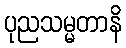
ပုညသမ္မတာနိ